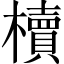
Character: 櫝